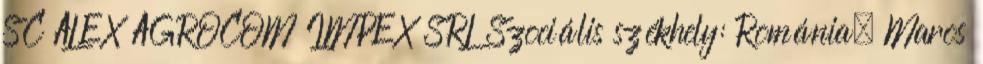
SC ALEX AGROCOM IMPEX SRL Szociális székhely: Románia, Maros